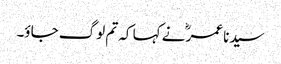
سیدنا عمرؓ نے کہا کہ تم لوگ جاؤ۔